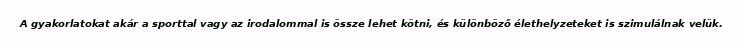
A gyakorlatokat akár a sporttal vagy az irodalommal is össze lehet kötni, és különböző élethelyzeteket is szimulálnak velük.